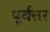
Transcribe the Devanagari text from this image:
पूर्वत्तर